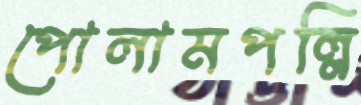
পোলামপল্লি